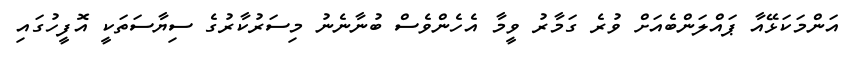
އަންމަކަޅޭއާ ޕައްލަންބެއަށް ވުރެ ގަމާރު ވީމާ އެހެންވެސް ބުނާނެނު މިސަރުކާރުގެ ސިޔާސަތަކީ އޮފީހުގައި